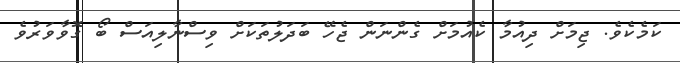
ކަމެކެވެ. ޖިމަށް ދިއުމާ ކެއުމަށް ގެންނަން ޖެހޭ ބަދަލުތަކަށް ވިސްނާލިއަސް ބޯ ގޮވާވަރުވެ